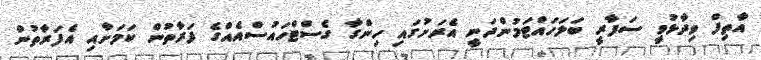
އާތިފް ވިދާޅުވީ ސަފާރީ ބަލަހައްޓަމުންދަނީ އެރަށުގައި ހިންގާ ގެސްޓްހައުސްއެއްގެ ފަރާތުން ކަމަށާއި އެފަރާތުން